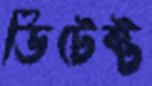
ডিটেক্ট